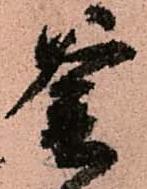
釜